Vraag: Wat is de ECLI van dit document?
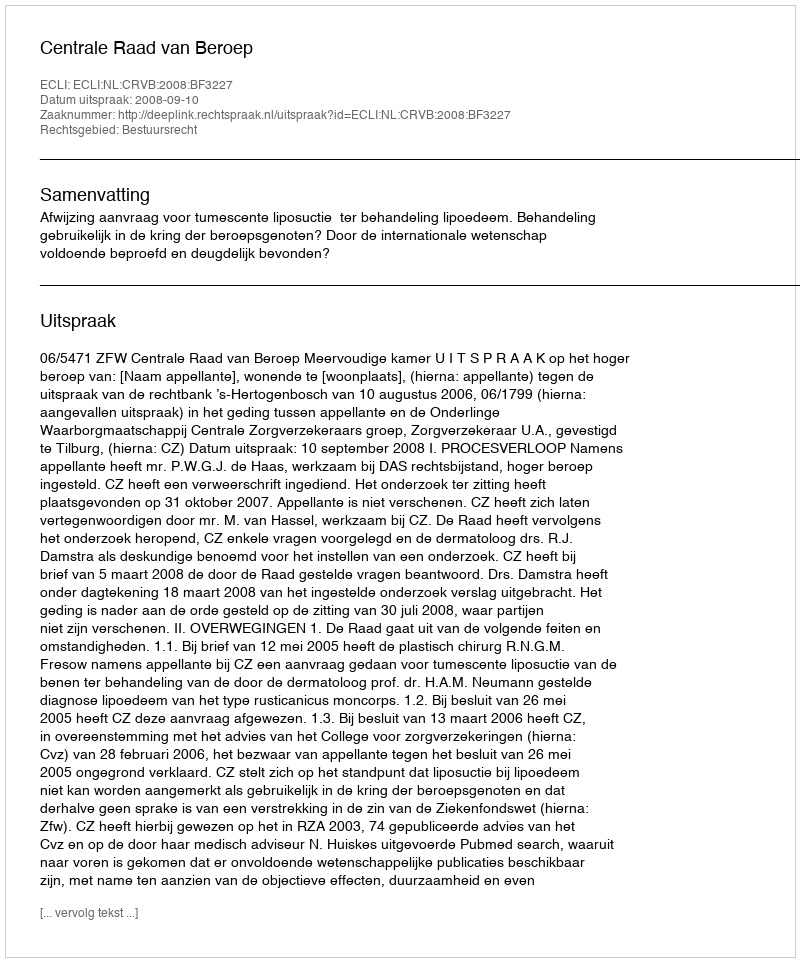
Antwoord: ECLI:NL:CRVB:2008:BF3227